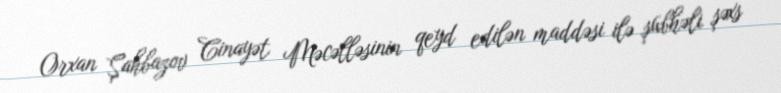
Orxan Şahbazov Cinayət Məcəlləsinin qeyd edilən maddəsi ilə şübhəli şəxs